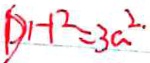
D H ^ { 2 } = 3 a ^ { 2 } .